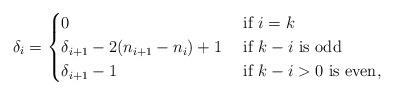
LaTeX: \begin{align*}\delta_i = \begin{cases} 0 & \mbox{ if }i = k \\ \delta_{i+1} - 2(n_{i+1} - n_i) + 1 & \mbox{ if }k-i \mbox{ is odd}\\ \delta_{i+1} - 1 &\mbox{ if }k-i>0 \mbox{ is even}, \end{cases}\end{align*}